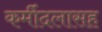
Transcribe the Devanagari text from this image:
कर्मीदलासह